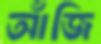
আঁজি